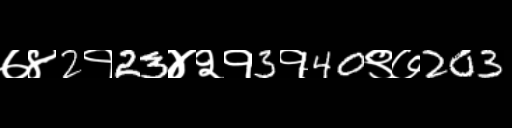
Text: ७४2१23४२१3१40९७203